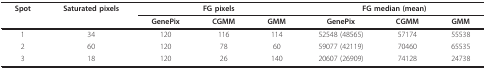
| Spot | Saturated pixels | <COLSPAN=3> FG pixels | <COLSPAN=3> FG median (mean) |
 |  |  | GenePix | CGMM | GMM | GenePix | CGMM | GMM |
 | --- | --- | --- | --- | --- | --- | --- | --- |
 | 1 | 34 | 120 | 116 | 114 | 52548 (48565) | 57174 | 55538 |
 | 2 | 60 | 120 | 78 | 60 | 59077 (42119) | 70460 | 65535 |
 | 3 | 18 | 120 | 26 | 140 | 20607 (26909) | 74128 | 24738 |